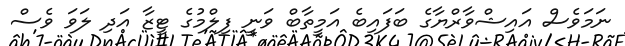
ނަމަވެސް އައިޝްވާރްޔާގެ ބަފައިބެ އަމީތާބް ވަނީ ފިލްމުގެ ޓީޒާ އަދި ލަވަ ވެސް